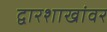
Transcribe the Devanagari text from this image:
द्वारशाखांवर